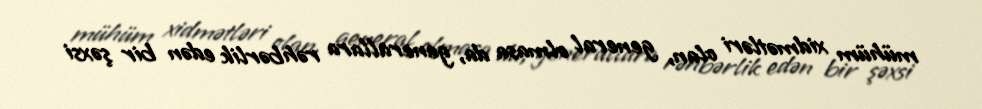
mühüm xidmətləri olan, general olmasa da, generallara rəhbərlik edən bir şəxsi